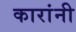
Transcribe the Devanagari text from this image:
कारांनी